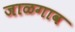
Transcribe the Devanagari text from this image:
जाळगाव